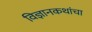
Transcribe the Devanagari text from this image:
विज्ञानकथांचा